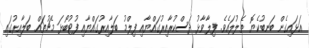
އަޅައިގެން ބަނބުކެޔޮ ތެލުލައެވެ. ފިލާވާޅު ދަސްކުރާއިރުގައްޔާއި ފިލްމު ބަލާއިރުގައްޔާއި ފުޓުބޯޅަ މެޗުތައް ބަލާއިރުގައި